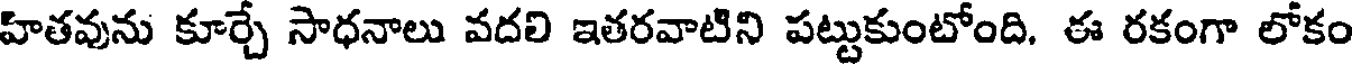
హితవును కూర్చే సాధనాలు వదలి ఇతరవాటిని పట్టుకుంటోంది. ఈ రకంగా లోకం